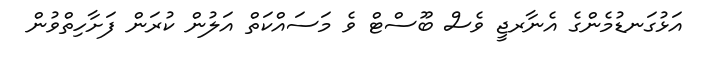
އަޅުގަނޑުމެންގެ އެނާރޖީ ވެސް ބޫސްޓް ވެ މަސައްކަތް އަލުން ކުރަން ފަށާހިތްވުން